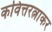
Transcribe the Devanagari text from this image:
कवित्तरत्नाकर